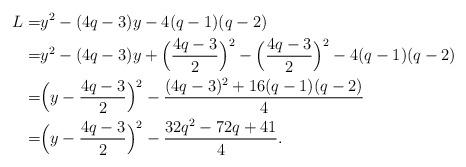
LaTeX: \begin{align*}L=&y^2-(4q-3)y-4(q-1)(q-2) \\=&y^2-(4q-3)y+\Bigl(\frac{4q-3}{2}\Bigr)^2-\Bigl(\frac{4q-3}{2}\Bigr)^2-4(q-1)(q-2) \\=&\Bigl(y-\frac{4q-3}{2}\Bigr)^2-\frac{(4q-3)^2+16(q-1)(q-2)}{4} \\=&\Bigl(y-\frac{4q-3}{2}\Bigr)^2-\frac{32q^2-72q+41}{4}.\end{align*}